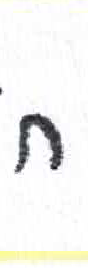
אות: ח